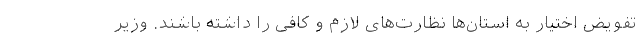
تفویض اختیار به استان‌ها نظارت‌های لازم و کافی را داشته باشند. وزیر